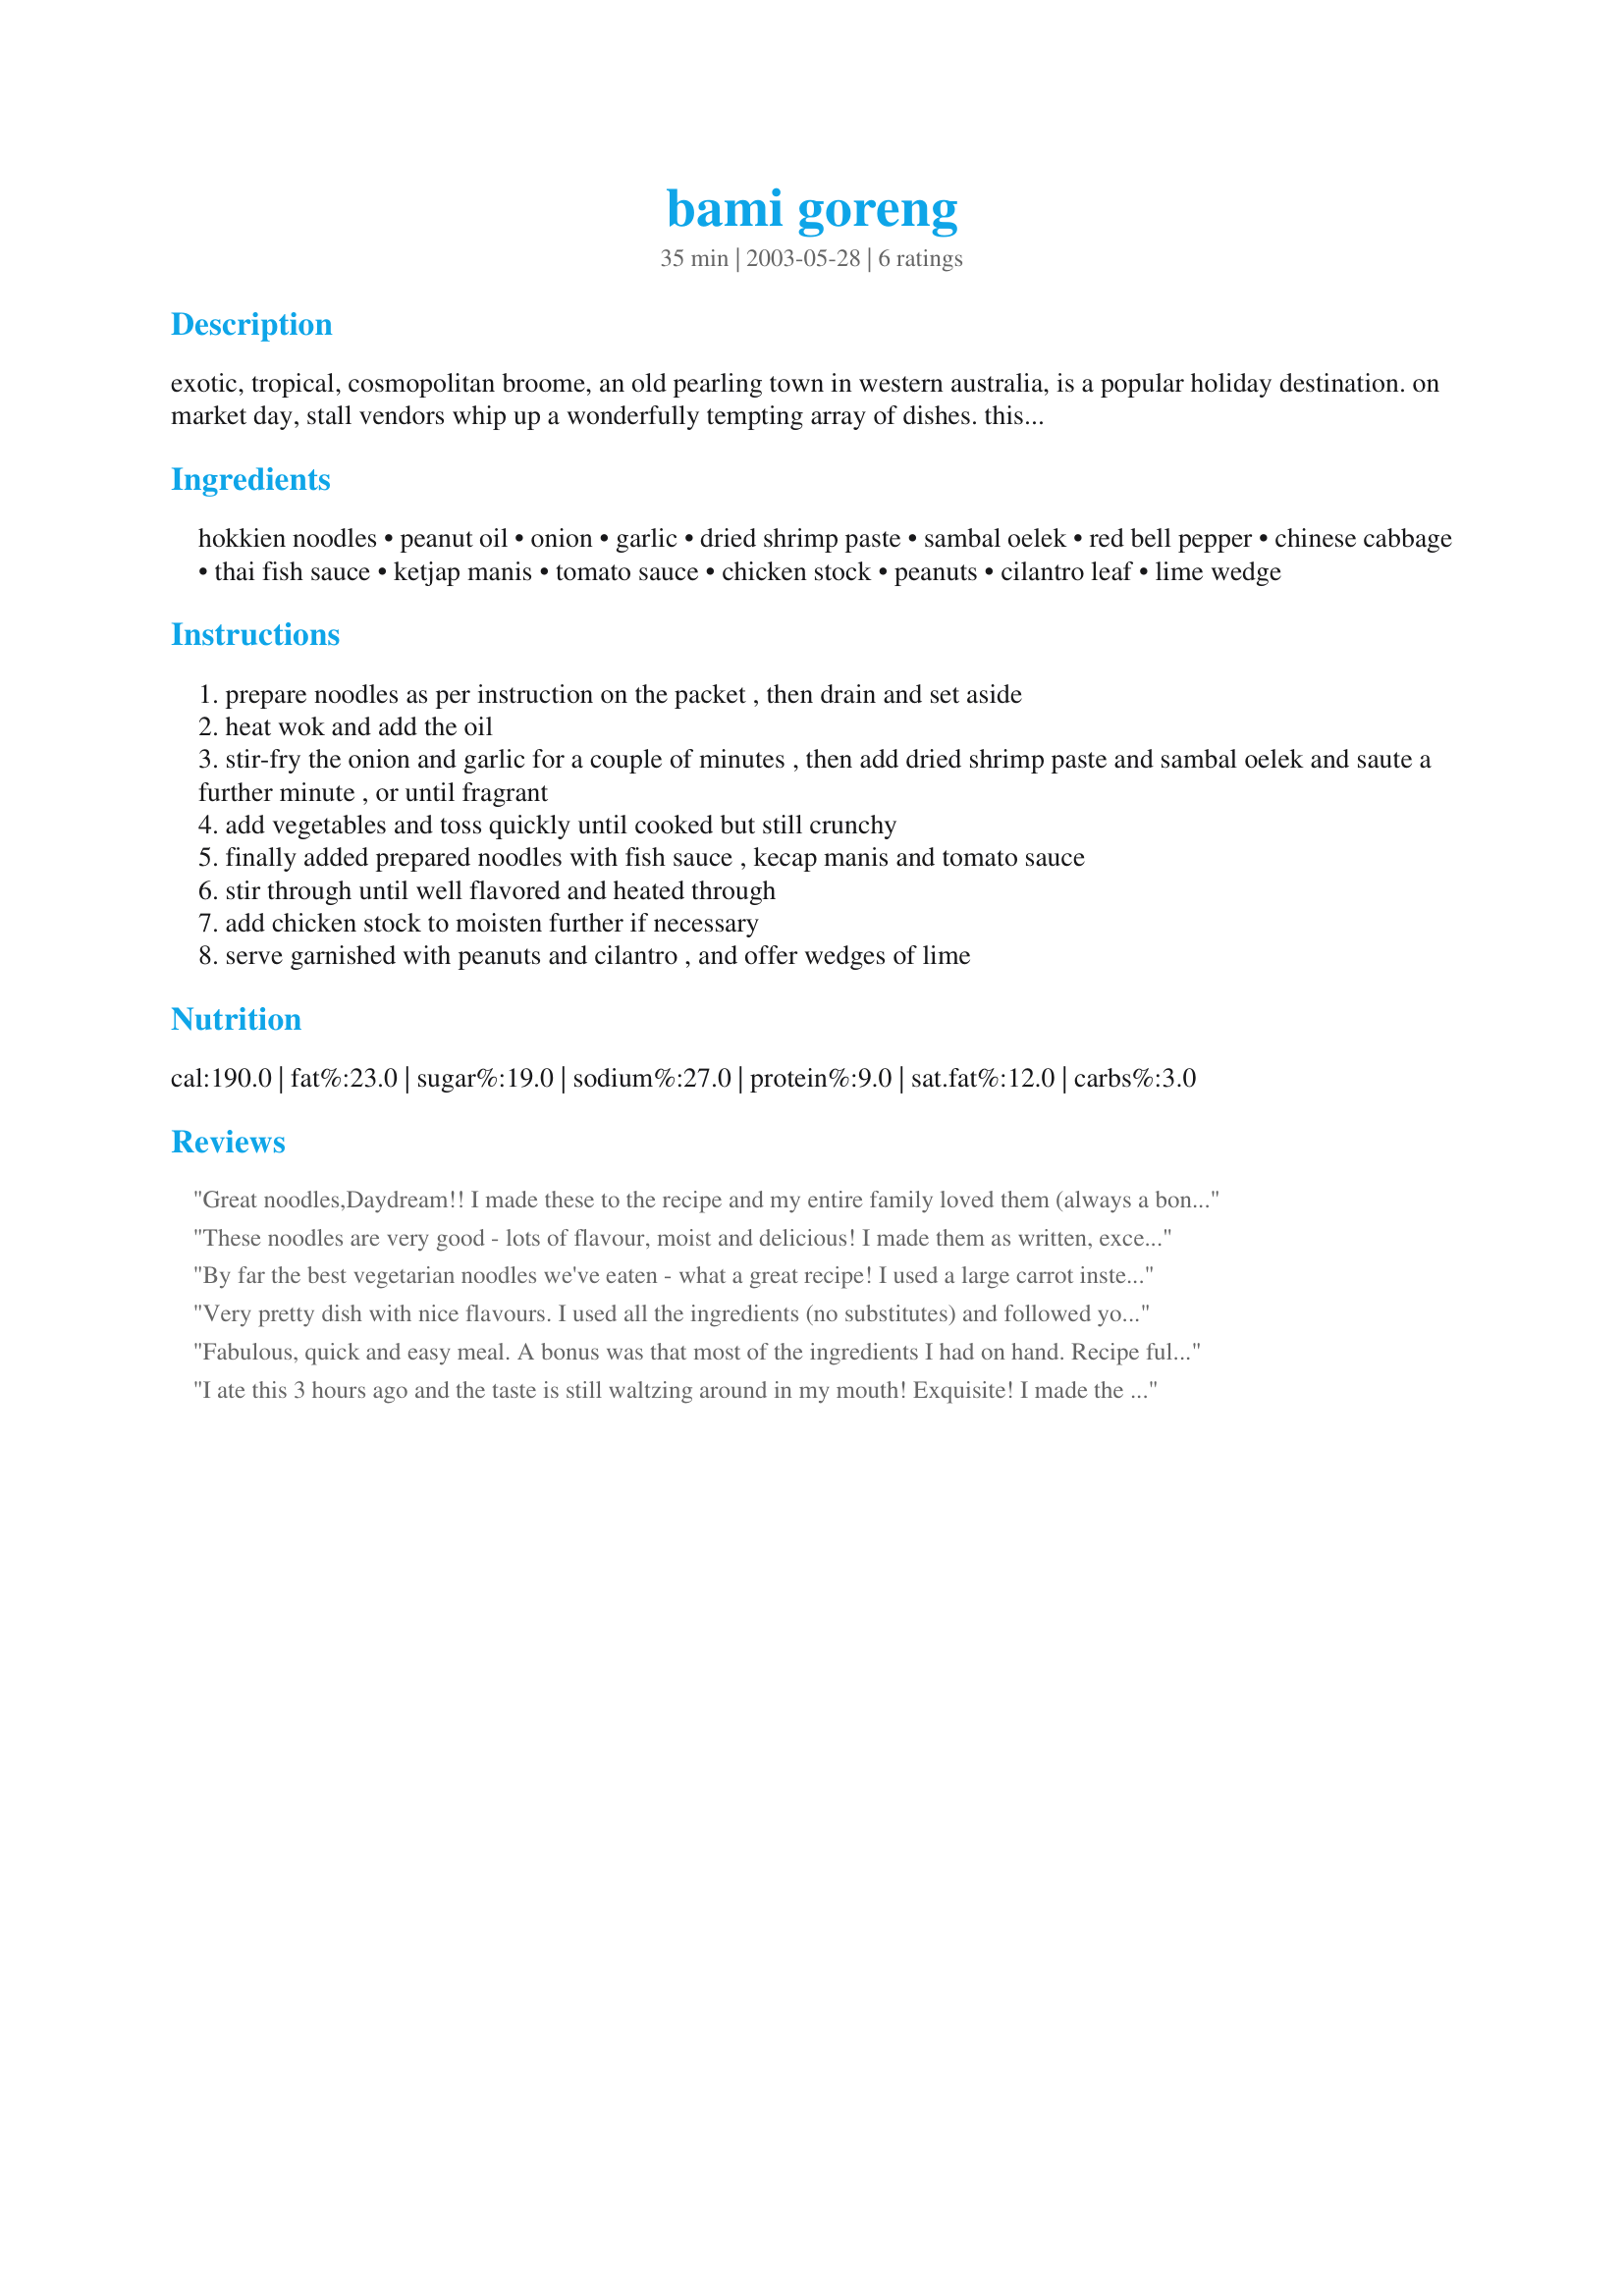
bami goreng
Preparation time: 35 minutes

exotic, tropical, cosmopolitan broome, an old pearling town in western australia, is a popular holiday destination. on market day, stall vendors whip up a wonderfully tempting array of dishes. this is one.

Ingredients:
hokkien noodles, peanut oil, onion, garlic, dried shrimp paste, sambal oelek, red bell pepper, chinese cabbage, thai fish sauce, ketjap manis, tomato sauce, chicken stock, peanuts, cilantro leaf, lime wedge

Steps:
prepare noodles as per instruction on the packet , then drain and set aside
heat wok and add the oil
stir-fry the onion and garlic for a couple of minutes , then add dried shrimp paste and sambal oelek and saute a further minute , or until fragrant
add vegetables and toss quickly until cooked but still crunchy
finally added prepared noodles with fish sauce , kecap manis and tomato sauce
stir through until well flavored and heated through
add chicken stock to moisten further if necessary
serve garnished with peanuts and cilantro , and offer wedges of lime

Reviews:
Great noodles,Daydream!! I made these to the recipe and my entire family loved them (always a bonus-especially with my picky eater!!). I did use the chicken stock to moisten them a bit. Exceptionally tasty noodles!!
These noodles are very good - lots of flavour, moist and delicious! 
I made them as written, except for garnishing with green onions as I had no coriander. I will certainly be making these again. Thanks Daydream, I've been on the lookout for good noodle recipes and yours certainly is!
By far the best vegetarian noodles we've eaten - what a great recipe! I used a large carrot instead of the capsicum and not quite as much tomato sauce as called for; I found these were already very moist and didn't need any stock. Like Kookaburra I just tossed through some lime juice before serving, and DH coudln't stop raving, thank you very much for the recipe!
Very pretty dish with nice flavours. I used all the ingredients (no substitutes) and followed your perfect directions. Next time I might use one tablespoon of sambal oelek as it didn't have the kick I was looking for. Thank you Daydream
Fabulous, quick and easy meal. A bonus was that most of the ingredients I had on hand. Recipe full of lots of wonderful flavours. Definite make again for us. Thanks for posting Daydream!
I ate this 3 hours ago and the taste is still waltzing around in my mouth! Exquisite! I made the recipe pretty well exactly as written, except I substituted flavourless olive oil + 1/2 tsp of sesame oil for the peanut oil, and reduced the sambal oelek to 1/2 teaspoon - hot enough for us! I was also a little timid about the amount of shrimp paste. I used a rounded teaspoon, but it wasn't overpowering, and next time I'll be brave and use the full 2 teaspoons. I had fresh Hokkein Noodles and I only needed a splash of chicken stock at the end. Instead of serving with the lime wedges, I just squeezed 1/4 of a lime over the finished dish. This made a wonderful, tasty and different light weekend supper. We'll be having it often!
